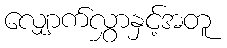
လျှောက်လွှာနှင့်အတူ